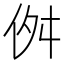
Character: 𠈞